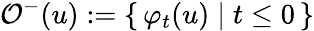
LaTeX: \mathcal{O}^{-}(u):=\left\{ \, \varphi_{t}(u)\; \vert\; t\leq 0\, \right\}